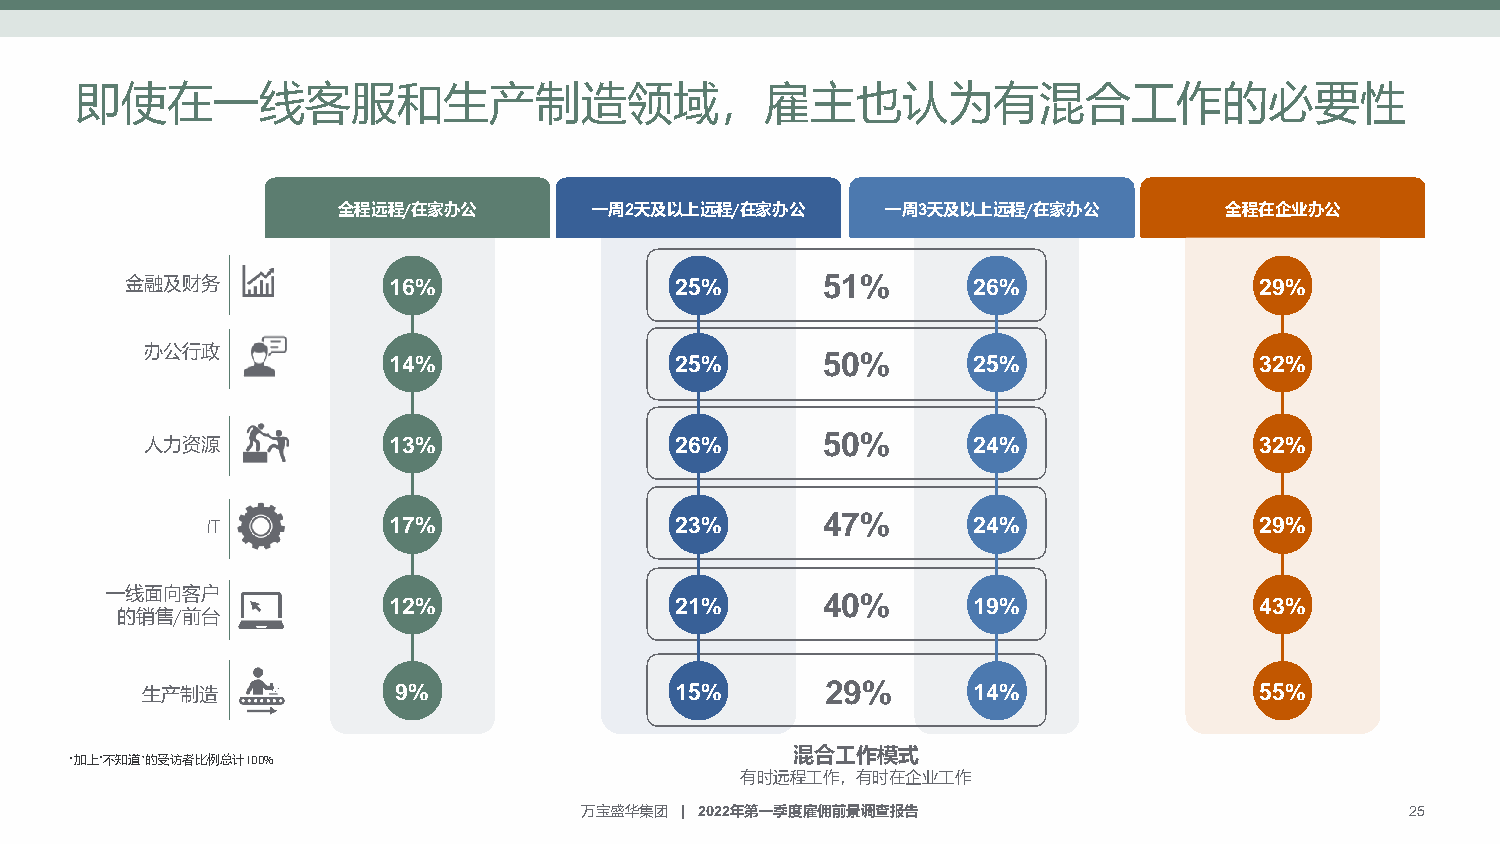
即使在一线客服和生产制造领域，雇主也认为有混合工作的必要性
 全程远程/在家办公        一周2天及以上远程/在家办公      一周3天及以上远程/在家办公        全程在企业办公
 金融及财务             16%                25%      51%       26%                29%
 办公行政            14%                25%      50%       25%                32%
 人力资源            13%                26%      50%       24%                32%
 IT          17%                23%      47%       24%                29%
 一线面向客户             12%                21%      40%       19%                43%
 的销售/前台
 生产制造             9%                 15%       29%      14%                55%
 混合工作模式
 *加上“不知道”的受访者比例总计100%
 有时远程工作，有时在企业工作
 万宝盛华集团 | 2022年第一季度雇佣前景调查报告                             25